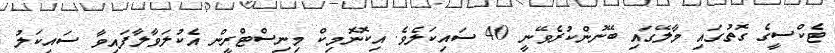
ޓެކްސީގެ ގޮތުގައި މާލޭގައި ބޭނުންކުރެވޭނީ 40 ސައިކަލެވެ. އިކޮނޮމިކް މިނިސްޓްރީން އެކުލަވާލާފައިވާ ސައިކަލު